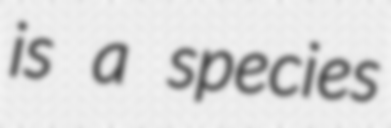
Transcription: is a species